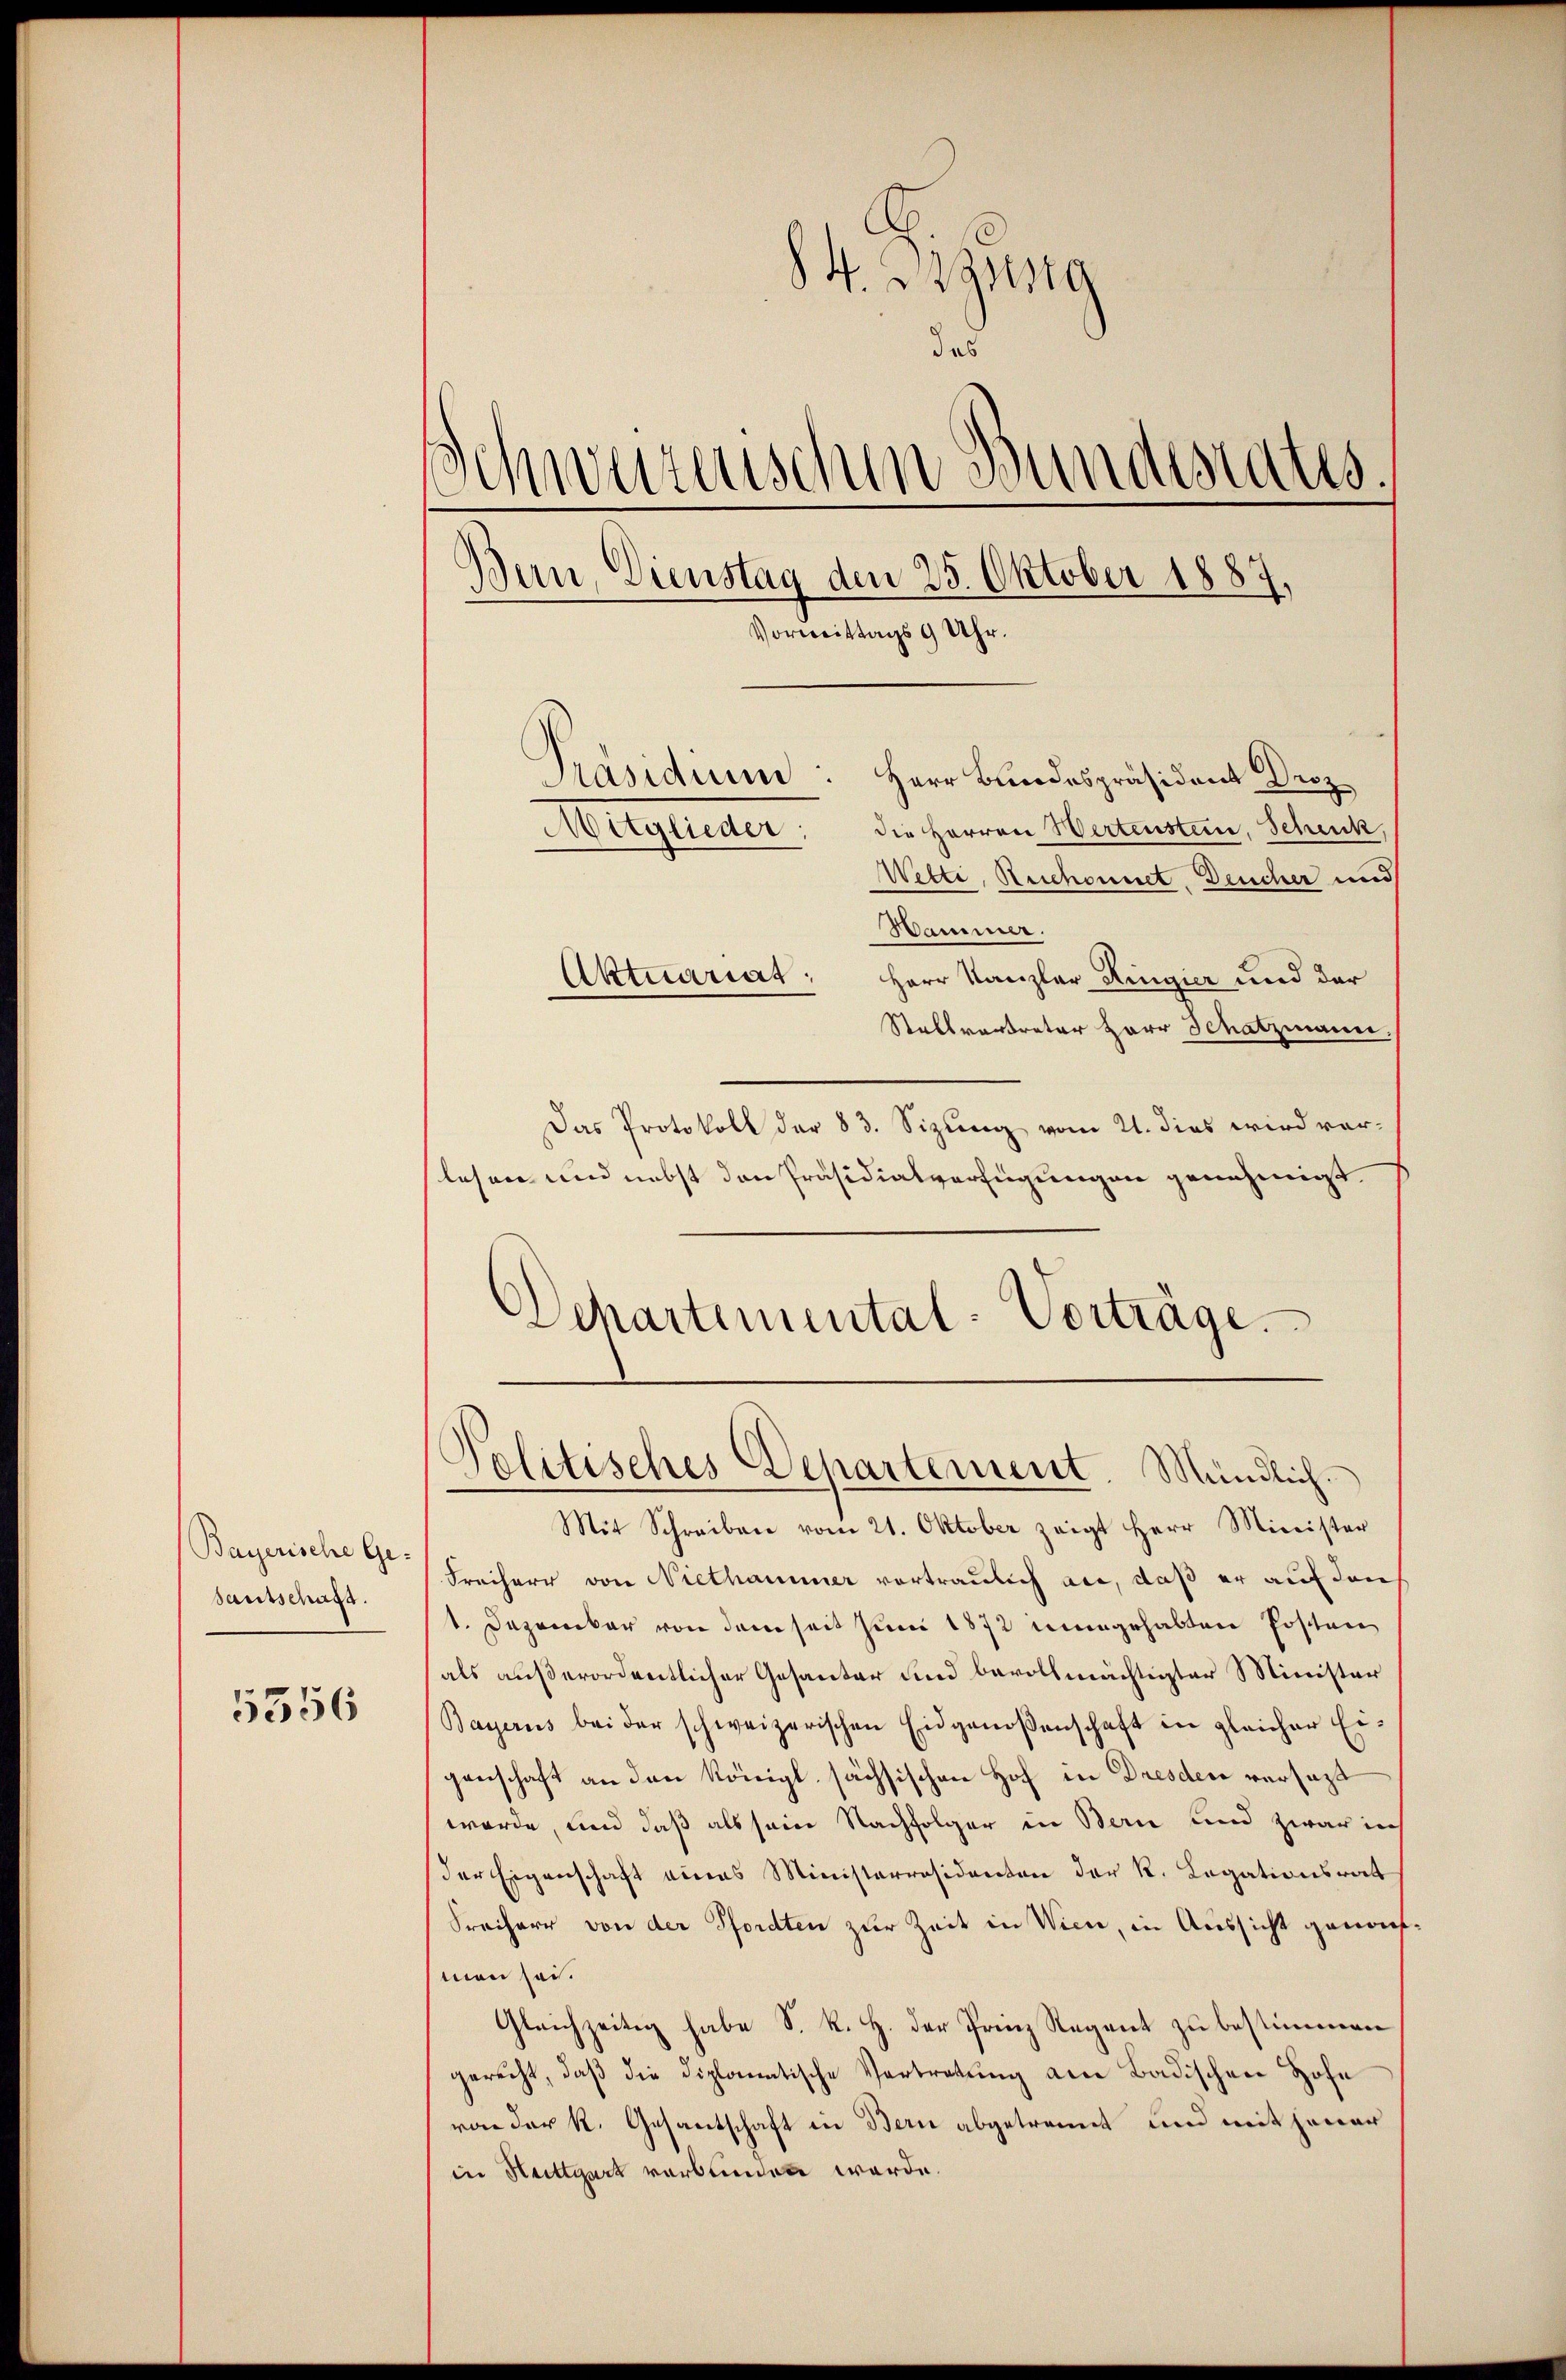
(Bayerische Ge-
santschaft.

5356

84. Bezug
das
Schweizerischen Bundestatus.
Ban, Dienstag den 25. Oktober 1887,
Vormittags 9 Uhr.
Präsidium: Herr Bundespräsident Droz
Mitglieder. Die Herren Hertensten, Schenk,
Wetti, Reichonnet, Deucher und
Hammer.
Aktuariat: Herr Kanzler Ringier und der

Stallvertreter Herr Schatzmann.
Das Protokoll der 83. Sizung vom 21. dies wird verlesen und nebst den Präsidialverfügungen genehmigt.
Schartemental-Vorträge.

Politisches Departement. Mündlich.

Mit Schreiben vom 21. Oktober zeigt Herr Minister
Freiherr von Niethammer vortraulich an, daß er auf den
1. Dezember von dem seit Juni 1872 mengehabten Posten
als außerordentlicher Gesanter und bevollmächtigter Minister
Bayerus bei der schweizerischen Eidgenoßenschaft in gleicher Ei-
genschaft an den Königl sächsischen Hof in Dresden versatzt
werde, und daß als sein Nachfolger in Bern und zwar in
der Eigenschaft eines Ministerresidenten der K. Legationsrat
Freiherr von der Pferdten zur Zeit in Wien, in Aussicht genomman sei.
Gleichzeitig habe S. R. H. der Prinz Regent zu bestimmen
gerecht, daβ die diplomatische Vertretŭng am Badischen Hofe
von der k. Gesantschaft in Bern abgetrannt und mit jener
in Stuttgart verbunden werde.